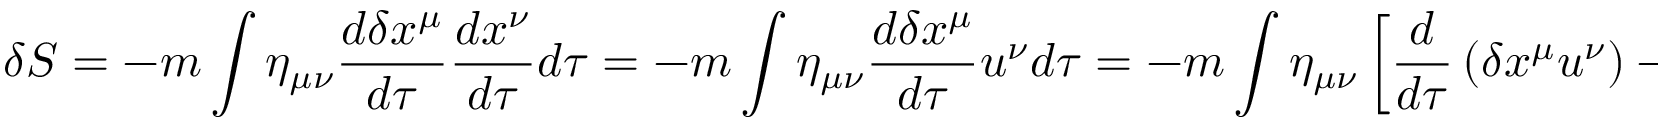
\delta S = - m \int \eta _ { \mu \nu } { \frac { d \delta x ^ { \mu } } { d \tau } } { \frac { d x ^ { \nu } } { d \tau } } d \tau = - m \int \eta _ { \mu \nu } { \frac { d \delta x ^ { \mu } } { d \tau } } u ^ { \nu } d \tau = - m \int \eta _ { \mu \nu } \left\lbrack { \frac { d } { d \tau } } \left( \delta x ^ { \mu } u ^ { \nu } \right) - \delta x ^ { \mu } { \frac { d } { d \tau } } u ^ { \nu } \right\rbrack d \tau